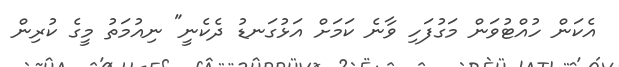
އެކަން ހުއްޓުވަން މަގުފަހި ވާނެ ކަމަށް އަޅުގަނޑު ދެކެނީ" ނިއުމަތު މީގެ ކުރިން